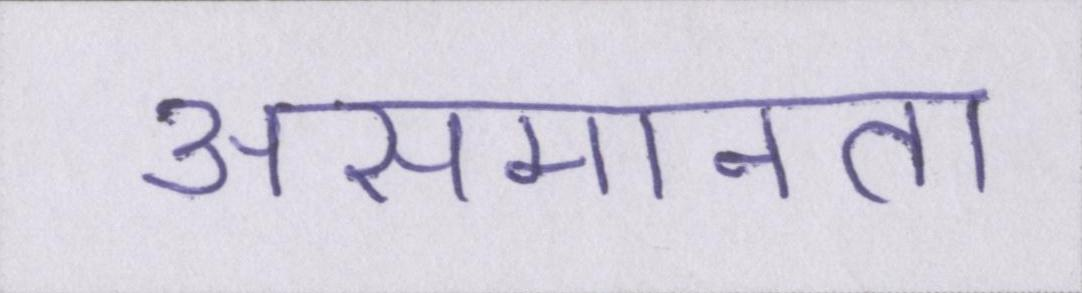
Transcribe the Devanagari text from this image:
असमानता